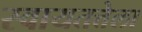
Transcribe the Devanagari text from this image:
स्वायतत्तेला